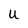
Character: U